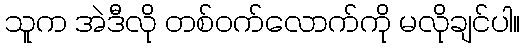
သူက အဲဒီလို တစ်ဝက်လောက်ကို မလိုချင်ပါ။